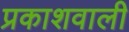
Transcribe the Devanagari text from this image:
प्रकाशवाली